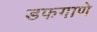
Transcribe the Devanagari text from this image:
डफगाणे